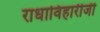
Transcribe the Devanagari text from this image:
राधाविहारीजी